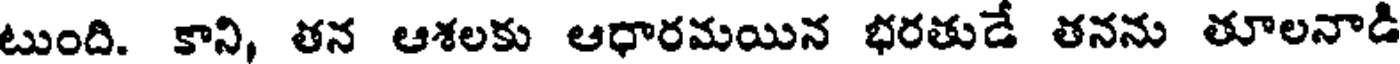
టుంది. కాని, తన ఆశలకు ఆధారమయిన భరతుడే తనను తూలనాడి